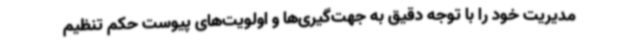
مدیریت خود را با توجه دقیق به جهت‌گیری‌ها و اولویت‌های پیوست حکم تنظیم